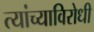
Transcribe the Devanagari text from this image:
त्यांच्याविरोधी